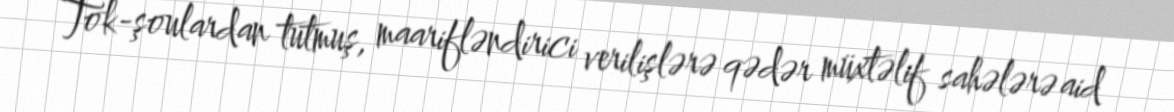
Tok-şoulardan tutmuş, maarifləndirici verilişlərə qədər müxtəlif sahələrə aid